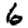
Digit: 6